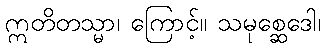
ဣတိတသ္မာ၊ ကြောင့်။ သမုစ္ဆေဒေါ၊